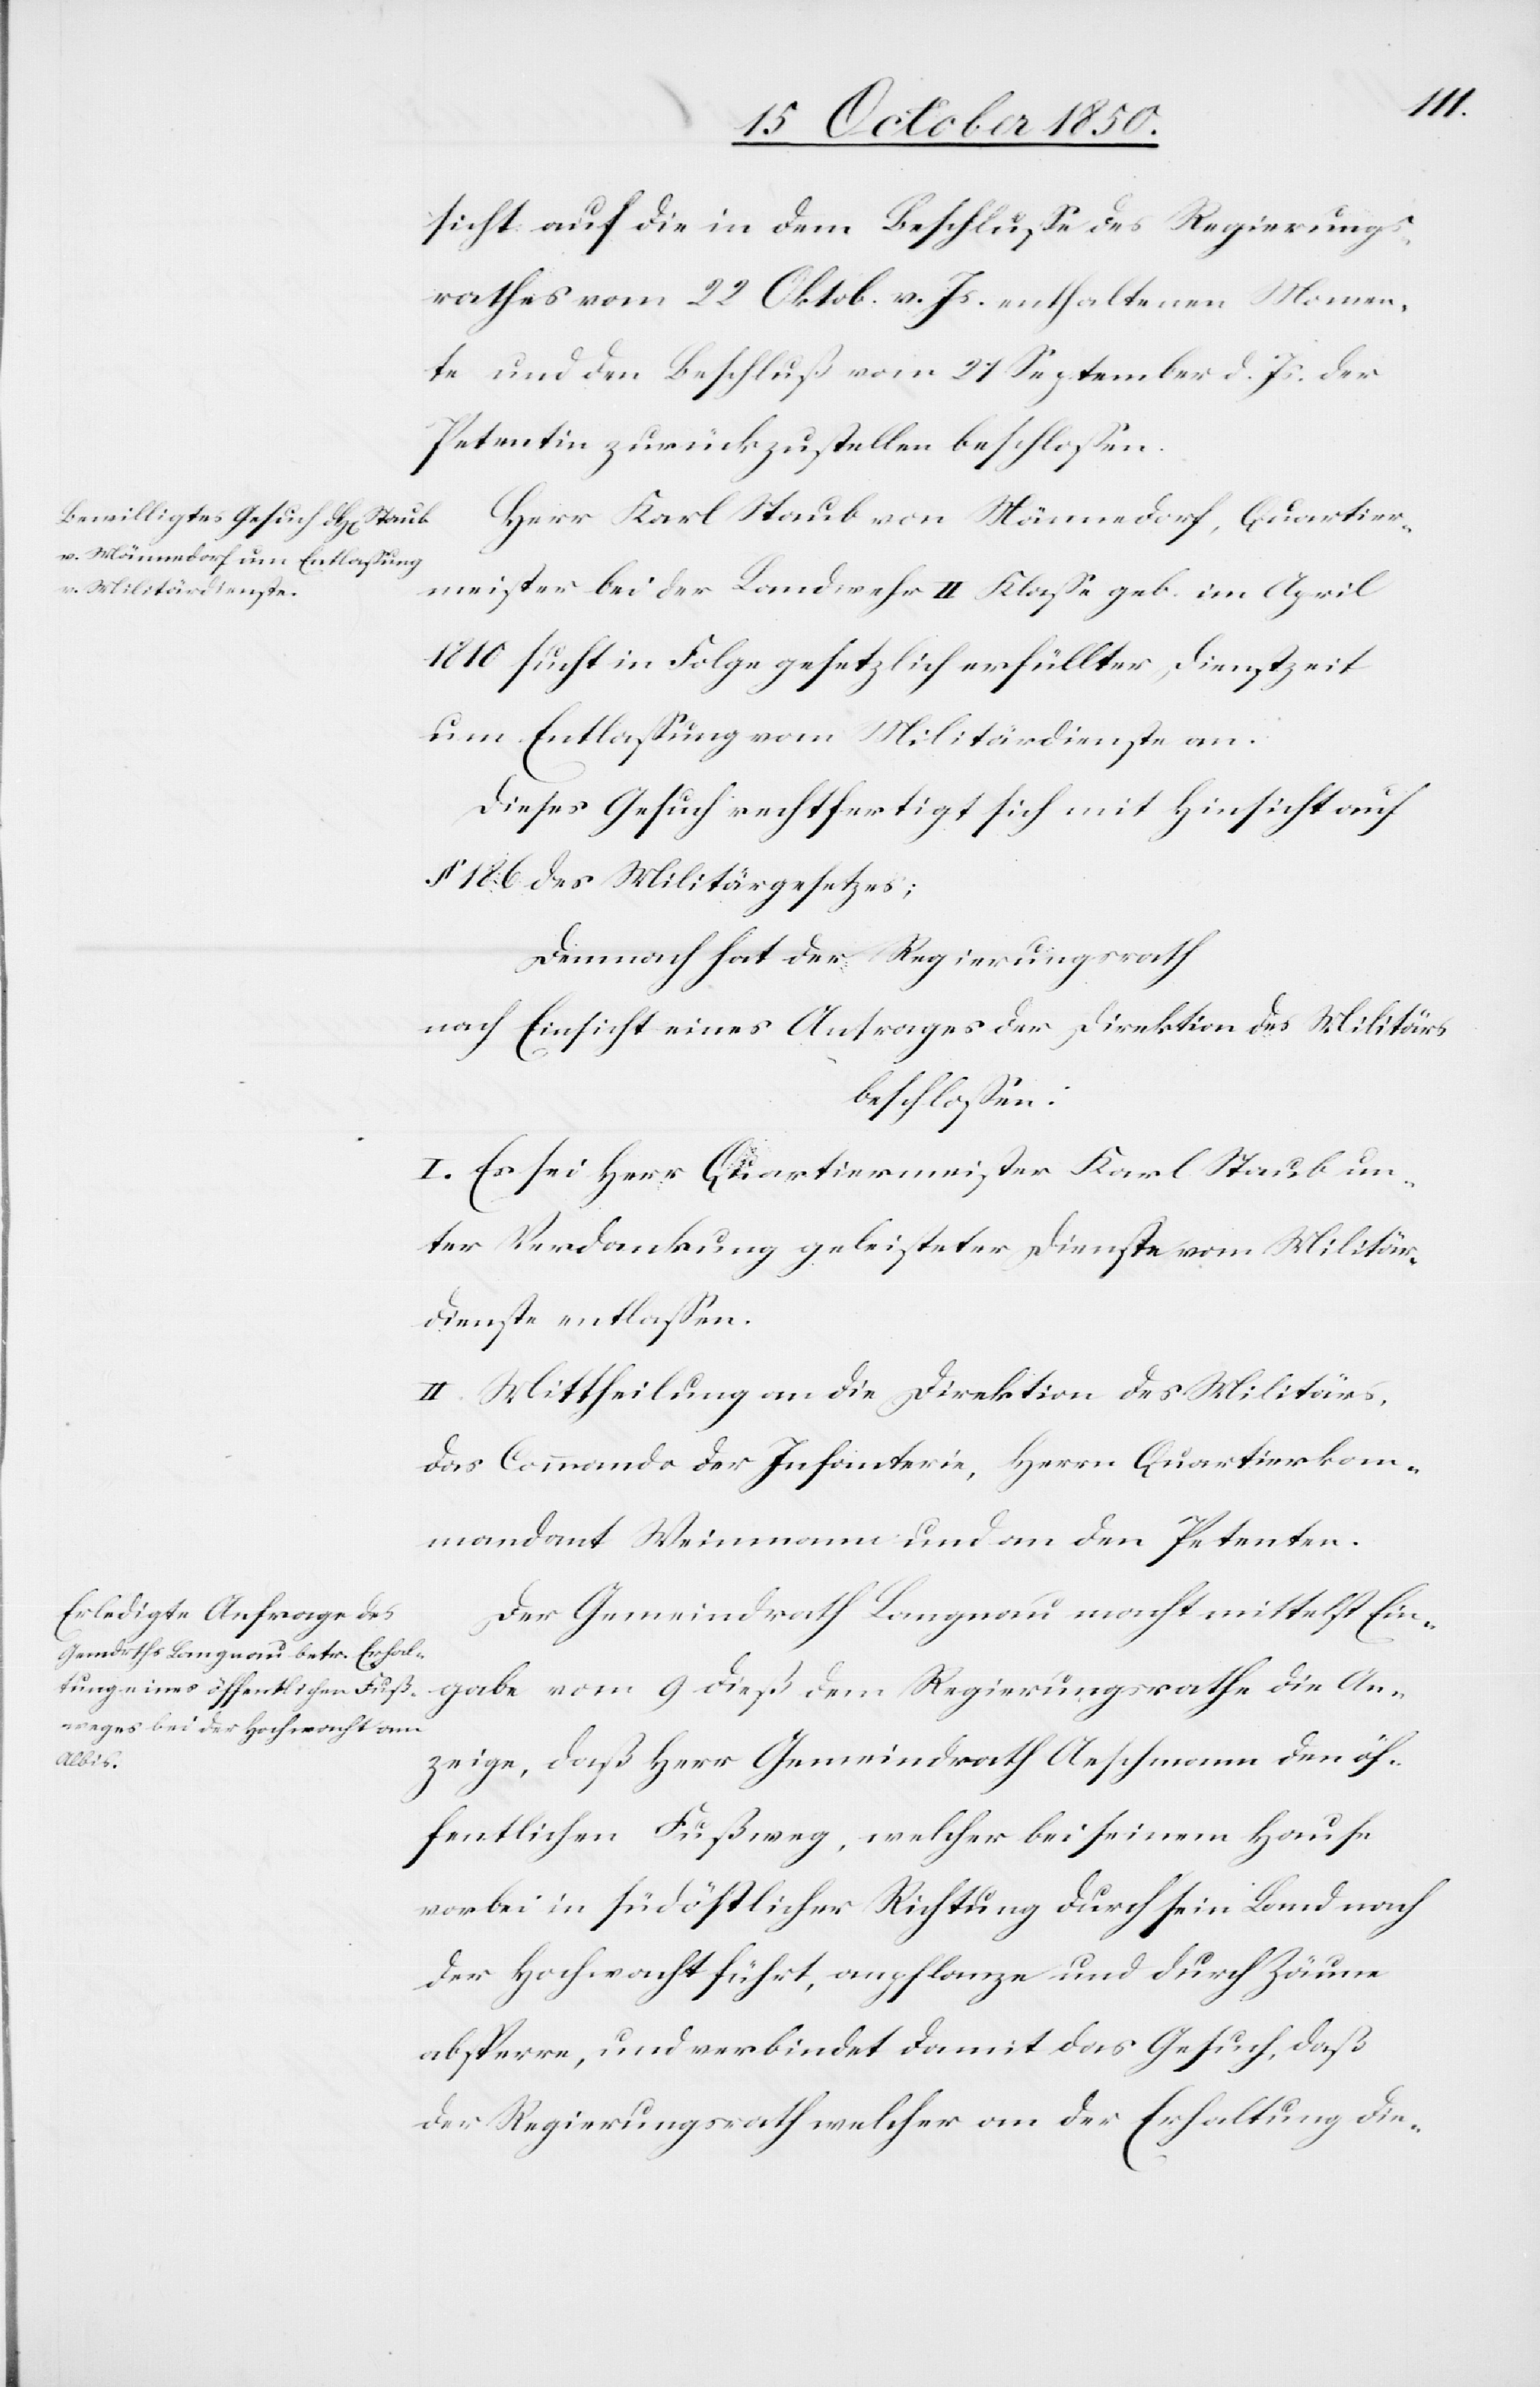
sicht auf die in dem Beschlusse des Regierungs¬
rathes vom 22 Oktob. v. Js. enthaltenen Momen¬
te und den Beschluß vom 21 September d. Js. der
Petentin zurückzustellen beschlossen.
Herr Karl Staub von Männedorf, Quartier¬
meister bei der Landwehr II Klasse geb. im April
1810 sucht in Folge gesetzlich erfüllter Dienstzeit
um Entlassung vom Militärdienste an.
Dieses Gesuch rechtfertigt sich mit Hinsicht auf
§ 186 des Militärgesetzes;
Demnach hat der Regierungsrath
nach Einsicht eines Antrages der Direktion des Militärs
beschlossen:
I. Es sei Herr Quartiermeister Karl Staub un¬
ter Verdankung geleisteter Dienste vom Militär¬
dienste entlassen.
II. Mittheilung an die Direktion des Militärs,
das Commando der Infanterie, Herrn Quartierkom¬
mandant Weinmann und an den Petenten.
Der Gemeindrath Langnau macht mittelst Ein¬
gabe vom 9 dieß dem Regierungsrathe die An¬
zeige, daß Herr Gemeindrath Aeschmann den öf¬
fentlichen Fußweg, welcher bei seinem Hause
vorbei in südöstlicher Richtung durch sein Land nach
der Hochwacht führt, anpflanze und durch Zäune
absperre, und verbindet damit das Gesuch, daß
der Regierungsrath welcher an der Erhaltung die-